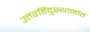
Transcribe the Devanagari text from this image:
उत्तरहिंदुस्थानांत